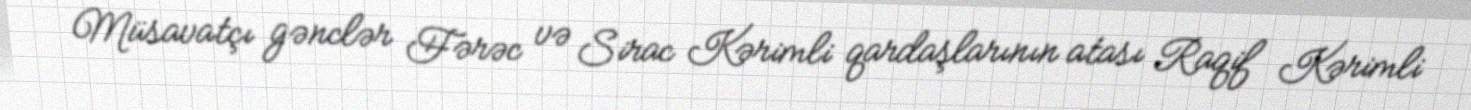
Müsavatçı gənclər Fərəc və Sirac Kərimli qardaşlarının atası Raqif Kərimli